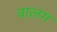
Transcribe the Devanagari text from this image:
वालग